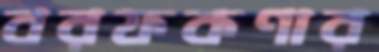
বরফকণার